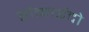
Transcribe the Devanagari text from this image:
होकाईदो